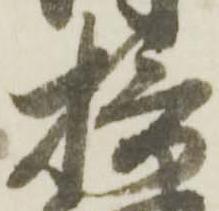
摂